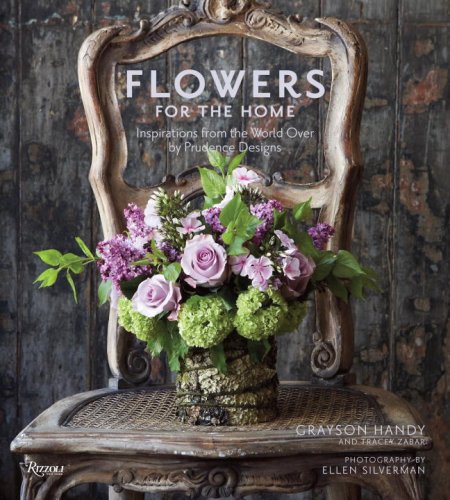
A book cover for Flowers for the Home: Inspirations from the World Over by Prudence Designs; Grayson Handy; Crafts, Hobbies & Home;